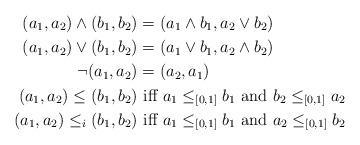
LaTeX: \begin{align*} (a_1,a_2)\wedge (b_1,b_2) &= (a_1\wedge b_1,a_2\vee b_2) \\ (a_1,a_2)\vee (b_1,b_2) &= (a_1\vee b_1,a_2\wedge b_2)\\ \neg(a_1,a_2) &= (a_2,a_1)\\ (a_1,a_2)\leq (b_1,b_2) &\mbox{ iff } a_1\leq_{[0,1]} b_1 \mbox{ and } b_2\leq_{[0,1]} a_2\\ (a_1,a_2)\leq_i (b_1,b_2) &\mbox{ iff } a_1\leq_{[0,1]} b_1 \mbox{ and } a_2\leq_{[0,1]} b_2 \end{align*}